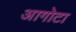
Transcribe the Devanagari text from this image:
आगोटा